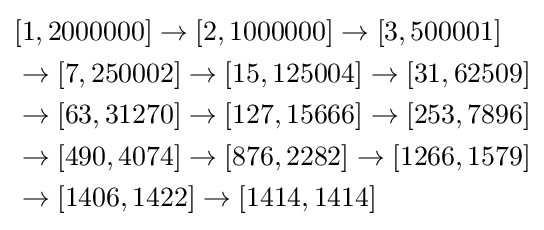
{\begin{aligned}&[1,2000000]\to [2,1000000]\to [3,500001]\\&\to [7,250002]\to [15,125004]\to [31,62509]\\&\to [63,31270]\to [127,15666]\to [253,7896]\\&\to [490,4074]\to [876,2282]\to [1266,1579]\\&\to [1406,1422]\to [1414,1414]\end{aligned}}